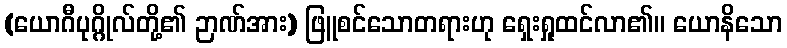
(ယောဂီပုဂ္ဂိုလ်တို့၏ ဉာဏ်အား) ဖြူစင်သောတရားဟု ရှေးရှုထင်လာ၏။ ယောနိသော